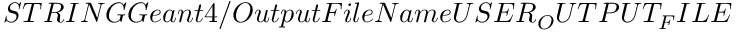
S T R I N G G e a n t 4 / O u t p u t F i l e N a m e U S E R _ { O } U T P U T _ { F } I L E